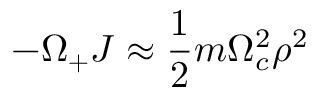
- \Omega _ { + } J \approx \frac { 1 } { 2 } m \Omega _ { c } ^ { 2 } \rho ^ { 2 }